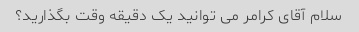
سلام آقای کرامر می توانید یک دقیقه وقت بگذارید؟